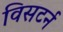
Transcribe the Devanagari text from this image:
विसटर्न